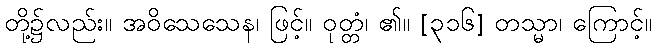
တို့၌လည်း။ အဝိသေသေန၊ ဖြင့်။ ဝုတ္တံ၊ ၏။ [၃၁၆] တသ္မာ၊ ကြောင့်။